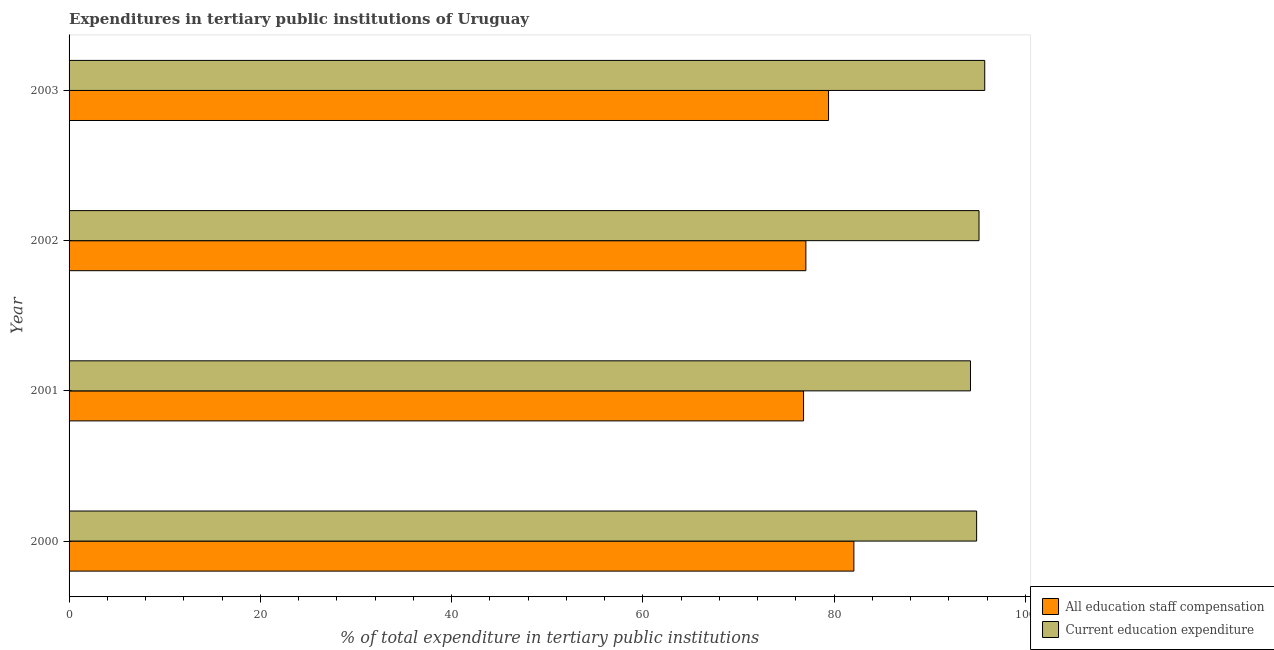
| Year | All education staff compensation | Current education expenditure |
 | --- | --- | --- |
 | 2000 | 82.1 | 94.9 |
 | 2001 | 76.8 | 94.3 |
 | 2002 | 77 | 95.2 |
 | 2003 | 79.4 | 95.8 |